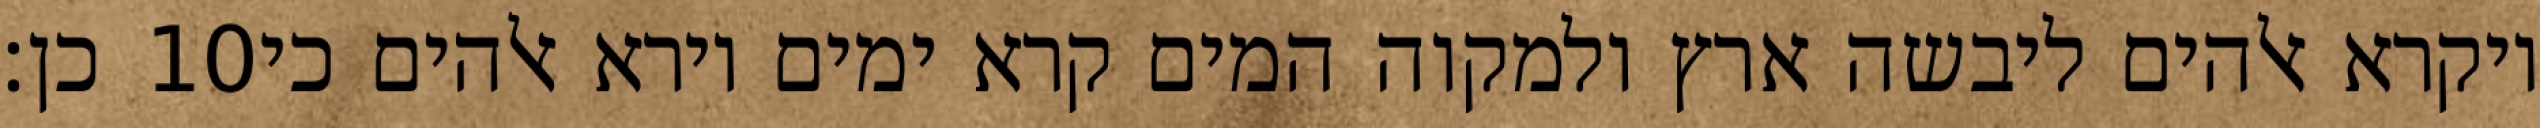
כן׃ ‎10‏ ויקרא אלהים ליבשה ארץ ולמקוה המים קרא ימים וירא אלהים כי